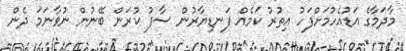
މާދަމާގެ އަޑުއެހުމަށްފަހު އިތުރު ކަމެއް ފަނޑިޔާރުން ސާފު ކުރަން ބޭނުން ނުވާނަމަ ދެން